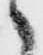
之